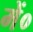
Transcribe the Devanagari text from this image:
में०